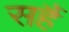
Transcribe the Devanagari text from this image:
सहैं